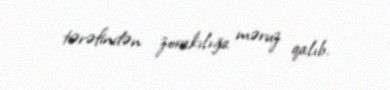
tərəfindən zorakılığa məruz qalıb.